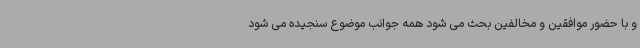
و با حضور موافقین و مخالفین بحث می شود همه جوانب موضوع سنجیده می شود